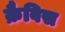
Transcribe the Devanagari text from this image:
क्रैविस